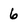
Character: 6